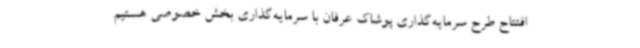
افتتاح طرح سرمایه‌گذاری پوشاک عرفان با سرمایه‌گذاری بخش خصوصی هستیم